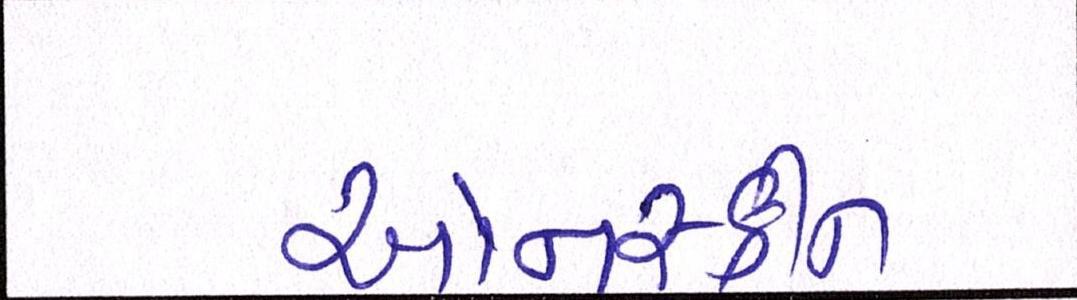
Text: ઓનસ્ક્રીન